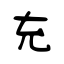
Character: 充